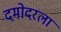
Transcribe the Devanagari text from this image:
दमोदरला